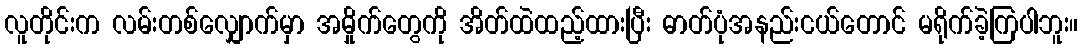
လူတိုင်းက လမ်းတစ်လျှောက်မှာ အမှိုက်တွေကို အိတ်ထဲထည့်ထားပြီး ဓာတ်ပုံအနည်းငယ်တောင် မရိုက်ခဲ့ကြပါဘူး။